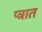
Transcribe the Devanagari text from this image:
प्त्रात